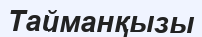
Тайманқызы